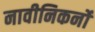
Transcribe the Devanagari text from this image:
नावीनिकर्नों